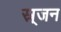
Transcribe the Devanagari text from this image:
स्र्जन